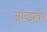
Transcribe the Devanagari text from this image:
ऑब्झर्वर